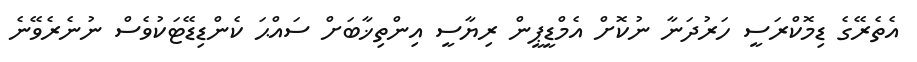
އެތެރޭގެ ޑިމޮކްރަސީ ހަރުދަނާ ނުކޮށް އެމްޑީޕީން ރިޔާސީ އިންތިޚާބަށް ސައްޙަ ކެންޑިޑޭޓަކުވެސް ނުނެރެވޭނެ